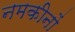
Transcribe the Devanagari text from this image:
नमकीनों